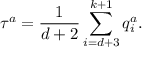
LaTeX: \tau ^ { a } = \frac { { 1 } } { d + 2 } \sum _ { i = d + 3 } ^ { k + 1 } q _ { i } ^ { a } .